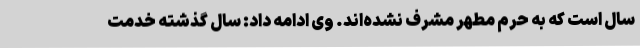
سال است که به حرم مطهر مشرف نشده‌اند. وی ادامه داد: سال گذشته خدمت